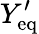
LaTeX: Y_{\mathrm{eq}}^{\prime}